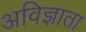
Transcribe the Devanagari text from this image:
अविज्ञाता